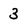
Character: 3